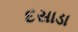
દસાડા